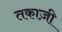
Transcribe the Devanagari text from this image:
तकाज़ी